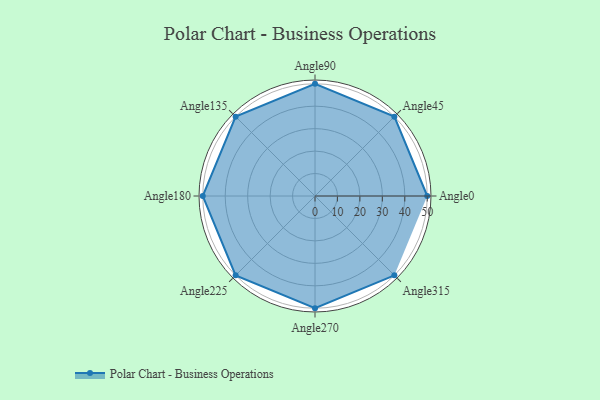
{"axis": {"x": "Angle", "y": "Radius"}, "legend": [""], "data": [{"x": "Angle0", "y": 50, "type": ""}, {"x": "Angle45", "y": 50, "type": ""}, {"x": "Angle90", "y": 50.0, "type": ""}, {"x": "Angle135", "y": 50, "type": ""}, {"x": "Angle180", "y": 50, "type": ""}, {"x": "Angle225", "y": 50, "type": ""}, {"x": "Angle270", "y": 50, "type": ""}, {"x": "Angle315", "y": 50, "type": ""}]}